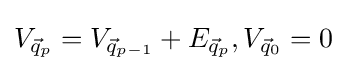
V_{{\vec {q}}_{p}}=V_{{\vec {q}}_{p-1}}+E_{{\vec {q}}_{p}},V_{{\vec {q}}_{0}}=0